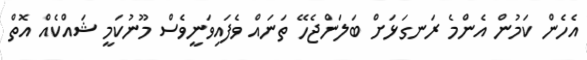
އެހެން ކަމުން އެންމެ ރަނގަޅަށް ބަލަންޖެހޭ ތަނައް ވެފައިވަނީވެސް މޫނުކަމީ ޝައްކެއް އޮތް